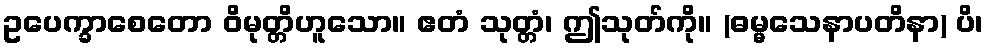
ဥပေက္ခာစေတော ဝိမုတ္တိဟူသော။ ဧတံ သုတ္တံ၊ ဤသုတ်ကို။ (ဓမ္မသေနာပတိနာ) ပိ၊